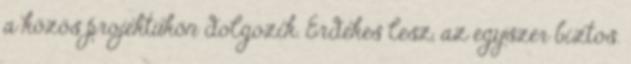
a közös projektükön dolgozik. Érdekes lesz, az egyszer biztos.